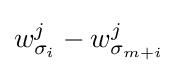
w_{\sigma _{i}}^{j}-w_{\sigma _{m+i}}^{j}